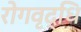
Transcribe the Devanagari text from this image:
रोगवृद्धि